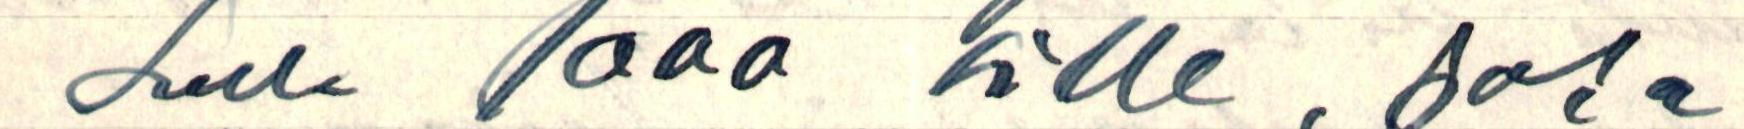
saada 1000 sille, joka